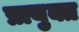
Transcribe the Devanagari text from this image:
प्रायुक्त